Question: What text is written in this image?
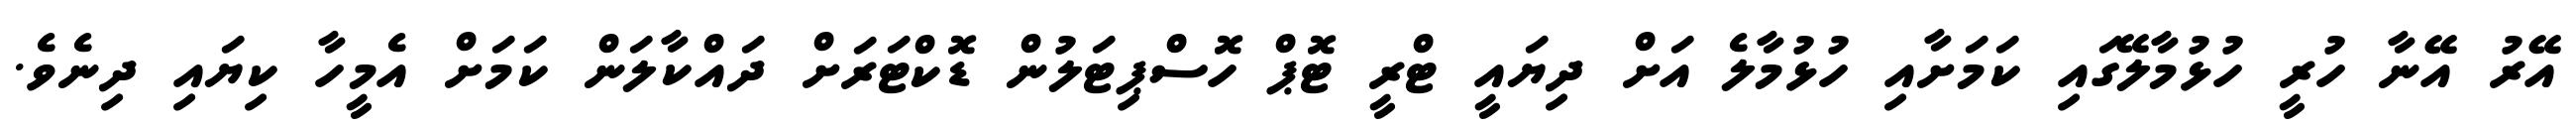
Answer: އޭރު އޭނާ ހުރީ ހުޅުމާލޭގައި ކަމަށާއި ހުޅުމާލެ އަށް ދިޔައީ ޓްރީ ޓޮޕް ހޮސްޕިޓަލުން ޑޮކްޓަރަށް ދައްކާލަން ކަމަށް އެމީހާ ކިޔައި ދިނެވެ.